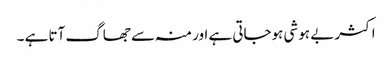
اکثر بے ہوشی ہوجاتی ہے اور منہ سے جھاگ آتا ہے ۔